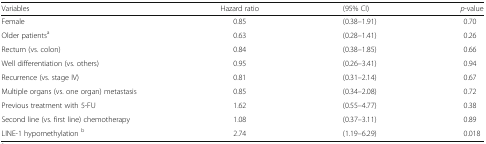
| Variables | Hazard ratio | (95% CI) | p-value |
 | --- | --- | --- | --- |
 | Female | 0.85 | (0.38–1.91) | 0.70 |
 | Older patientsa | 0.63 | (0.28–1.41) | 0.26 |
 | Rectum (vs. colon) | 0.84 | (0.38–1.85) | 0.66 |
 | Well differentiation (vs. others) | 0.95 | (0.26–3.41) | 0.94 |
 | Recurrence (vs. stage IV) | 0.81 | (0.31–2.14) | 0.67 |
 | Multiple organs (vs. one organ) metastasis | 0.85 | (0.34–2.08) | 0.72 |
 | Previous treatment with 5-FU | 1.62 | (0.55–4.77) | 0.38 |
 | Second line (vs. first line) chemotherapy | 1.08 | (0.37–3.11) | 0.89 |
 | LINE-1 hypomethylation b | 2.74 | (1.19–6.29) | 0.018 |